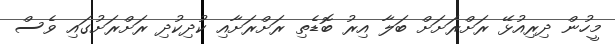
މީހުން ދިރިއުޅޭ ރަށްރަށަށް ބަލާ އިރު ބޮޑެތި ރަށްރަށާއި ކުދިކުދި ރަށްރަށުގައި ވެސް